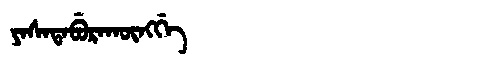
Manchu: ᠶᠠᠰᠠᡨᠠᠪᡠᡵᠠᡴᡡᠩᡤᡝ
Romanization: YASATABURAKŪNGGE